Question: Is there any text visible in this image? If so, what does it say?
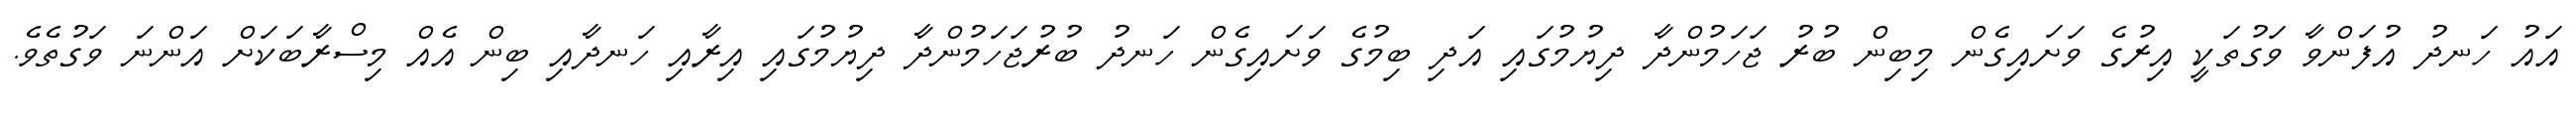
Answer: އައު ހަނދު އުފަންވާ ވަގުތަކީ އިރުގެ ވަށައިގެން މިބިން ބުރު ޖަހަމުންދާ ދިޔުމުގައި އަދި ބިމުގެ ވަށައިގެން ހަނދު ބުރުޖަހަމުންދާ ދިޔުމުގައި އިރާއި ހަނދާއި ބިން އެއް މިސްރާބަކަށް އަންނަ ވަގުތެވެ.